Annual report of the Punjab Veterinary College and of the Civil Veterinary Department, Punjab - 1926-1932
Year: 1926
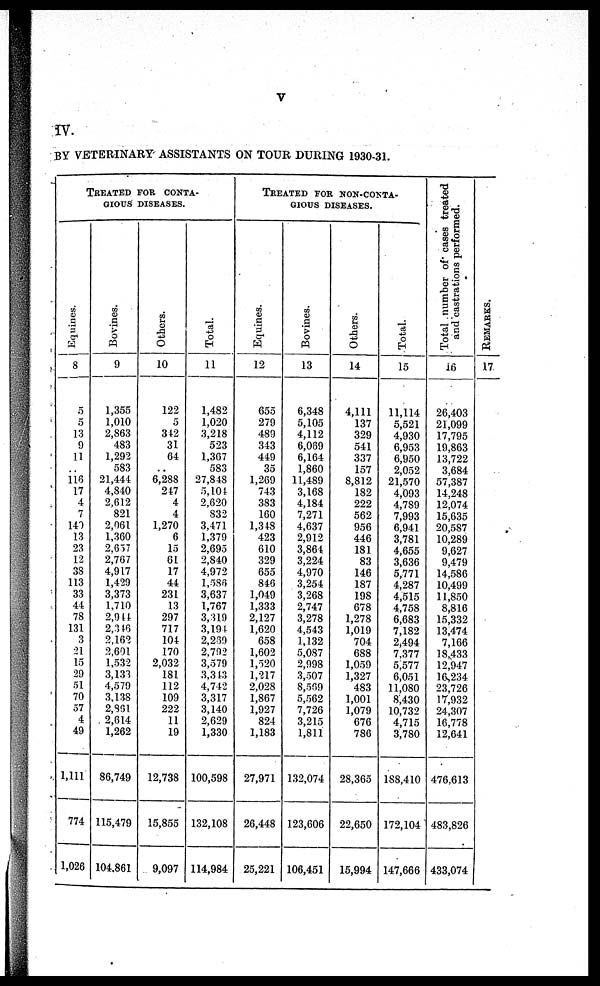
V
IV.
BY VETERINARY ASSISTANTS ON TOUR DURING 1930-31.
TREATED FOR CONTA-
GIOUS DISEASES.
Equines.
8
5
5
13
9
11
..
116 17
4
7
140
13
23
12
38
113
33
44
78
131
3
21
15
29
51
70
57
4
49
1,111
774
1,026
Bovines.
9
1,355
1,010
2,863
483
1,292
583
21,444
4,840
2,612
821
2,061
1,360
2,657
2,767
4,917
1,429
3,373
1,710
2,944
2,346
2,162
2,601
1,532
3,131
4,579
3,138
2,861
2,614
1,262
86,749
115,479
104,861
Others.
10
122
5
342
31
64
..
6,288
247
4
4
1,270
6
15
61
17
44
231
13
297
717
104
170
2,032
181
112
109
222
11
19
12,738
15,855
9,097
Total.
11
1,482
1,020
3,218
523
1,367
583
27,848
5,104
2,620
832
3,471
1,379
2,695
2,840
4,972
l,586
3,637
1,767
3,319
3,194
2,239
2,792
3,579
3,3 43
4,742
3,317
3,140
2,629
1,330
100,598
132,108
114,984
TREATED FOR NON-CONTA-
GIOUS DISEASES.
Equines.
12
655
279
489
343
449
35
1,269
743
383
160
1,348
423
610
329
655
846
1,049
1,333
2,127
1,620
658
1,602
1,520
1,217
2,028
1,867
1,927
824
1,183
27,971
26,448
25,221
Bovines.
13
6,348
5,105
4,112
6,069
6,164
1,860
11,489
3,168
4,184
7,271
4,637
2,912
3,864
3,224
4,970
3,254
3,268
2,747
3,278
4,543
1,132
5,087
2,998
3,507
8,569
5,562
7,726
3,215
1,811
132,074
123,606
106,451
Others.
14
4,111
137
329
541
337
157
8,812
182
222
562
956
446
181
83
146
187
198
678
1,278
1,019
704
688
1,059
1,327
483
1,001
1,079
676
786
28,365
22,650
15,994
Total.
15
11,114
5,521
4,930
6,953
6,950
2,052
21,570
4,093
4,789
7,993
6,941
3,781
4,655
3,636
5,771
4,287
4,515
4,758
6,683
7,182
2,494
7,377
5,577
6,051
11,080
8,430
10,732
4,715
3,780
188,410
172,104
147,666
Total number of cases treated
and castrations performed.
16
26,403
21,099
17,795
19,863
13,722
3,684
57,387
14,248
12,074
15,635
20,587
10,289
9,627
9,479
14,586
10,499
11,850
8,816
15,332
13,474
7,166
18,433
12,947
16,234
23,726
17,932
24,307
16,778
12,641
476,613
483,826
433,074
REMARKS.
17